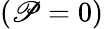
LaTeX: (\mathscr{P}=0)